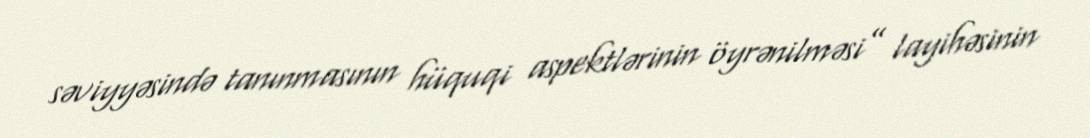
səviyyəsində tanınmasının hüquqi aspektlərinin öyrənilməsi” layihəsinin